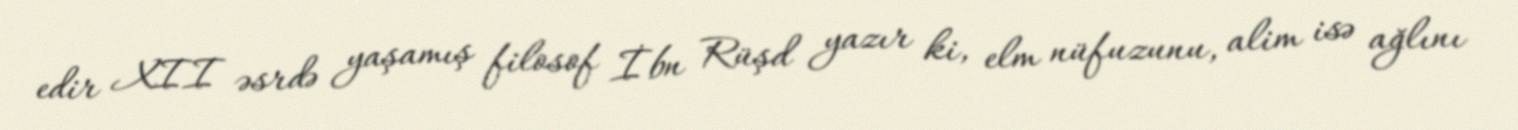
edir XII əsrdə yaşamış filosof İbn Rüşd yazır ki, elm nüfuzunu, alim isə ağlını